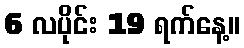
6 လပိုင်း 19 ရက်နေ့။